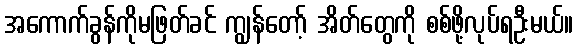
အကောက်ခွန်ကိုမဖြတ်ခင် ကျွန်တော့် အိတ်တွေကို စစ်ဖို့လုပ်ရဦးမယ်။